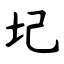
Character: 圮